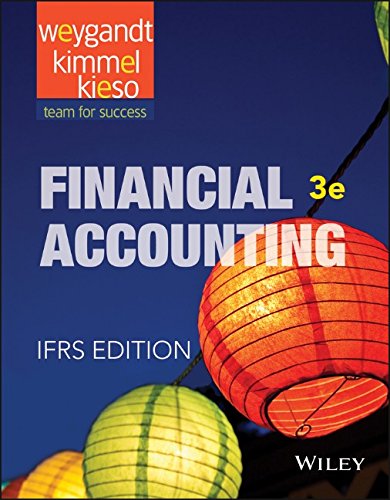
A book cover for Financial Accounting: IFRS; Jerry J. Weygandt; Business & Money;